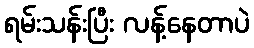
ရမ်းသန်းပြီး လန့်နေတာပဲ